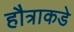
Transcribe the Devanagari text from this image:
हौत्राकडे